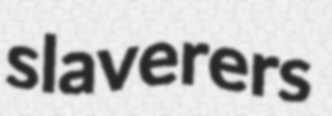
slaverers